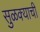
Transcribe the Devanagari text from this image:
सुळक्याची